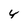
Character: Y